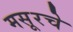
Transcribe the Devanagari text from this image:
मसूरचे